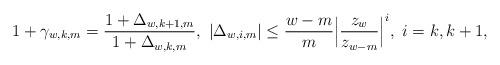
LaTeX: \begin{align*}1+\gamma_{w,k,m}=\frac{1+\Delta_{w,k+1,m}}{1+\Delta_{w,k,m}},~ |\Delta_{w,i,m}| \le\frac{w-m}{m}\Big|\frac{z_{w}}{z_{w-m}}\Big|^i,~i=k,k+1, \end{align*}